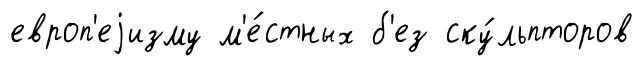
европ'еjизму м'е́стных б'ез ску́льпторов